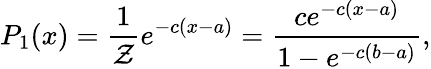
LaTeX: P_{1}(x)=\frac{1}{\mathcal{Z}}e^{-c(x-a)}=\frac{ce^{-c(x-a)}}{1-e^{-c(b-a)}},